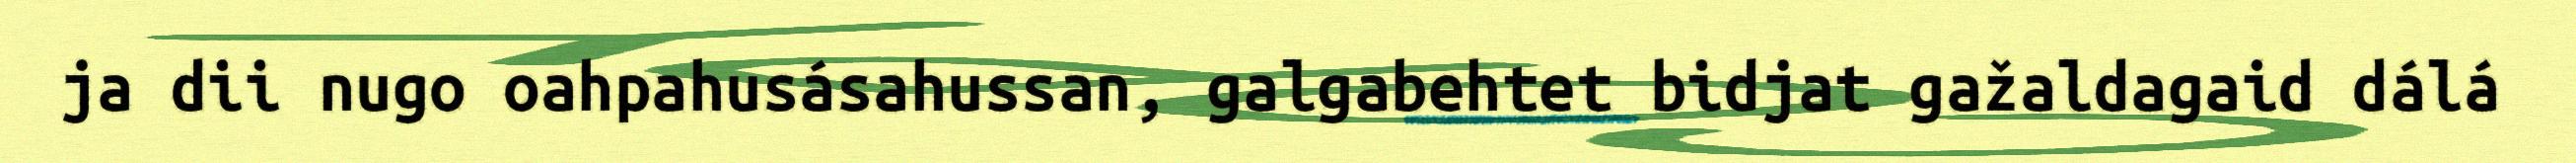
ja dii nugo oahpahusásahussan, galgabehtet bidjat gažaldagaid dálá